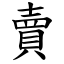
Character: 賣